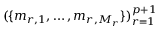
( \{ m _ { r , 1 } , \ldots , m _ { r , M _ { r } } \} ) _ { r = 1 } ^ { p + 1 }